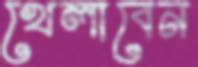
খেলাবেন